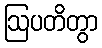
ဩပတိတွာ